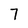
Character: 7